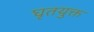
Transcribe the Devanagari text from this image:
घृतयुक्त